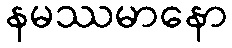
နမဿမာနော